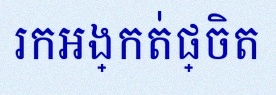
រកអង្កត់ផ្ចិត